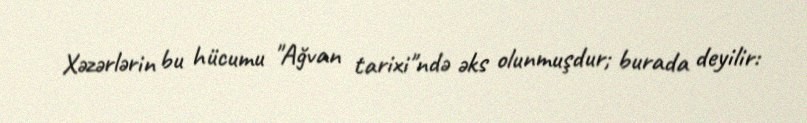
Xəzərlərin bu hücumu "Ağvan tarixi"ndə əks olunmuşdur; burada deyilir: